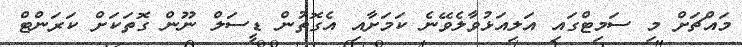
މައްޗަށް މި ސަމިޓްގައި އަލިއަޅުވާލެވޭނެ ކަމަށާއި އެގޮތުން ޑީސަލް ނޫން ގޮތަކަށް ކަރަންޓް